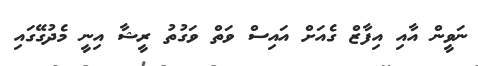
ނަވީން އާއި އިފާޒް ގެއަށް އައިސް ވަތް ވަގުތު ރީޝާ އިނީ މެދުގޭގައި